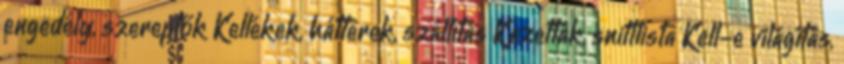
engedély, szereplők Kellékek, hátterek, szállítás Kazetták, snittlista Kell-e világítás,